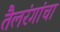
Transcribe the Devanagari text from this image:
तैलरंगांचा